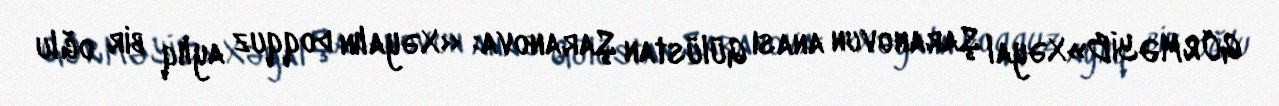
GÖRMƏYİB»Xəyal Şaranovun anası Gülüstan Şaranova: «Xəyalın doqquz aylıq bir oğlu